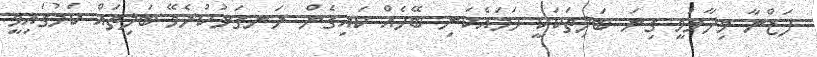
ފަޒްނާ ވިދާޅުވީ ގިނަ ބަލިތަކަކީ ހަމައެކަނި ބޭހެއް ކައިގެން ރަނގަޅުކުރެވޭ ބަލިތައް ކަމުގައިވީ